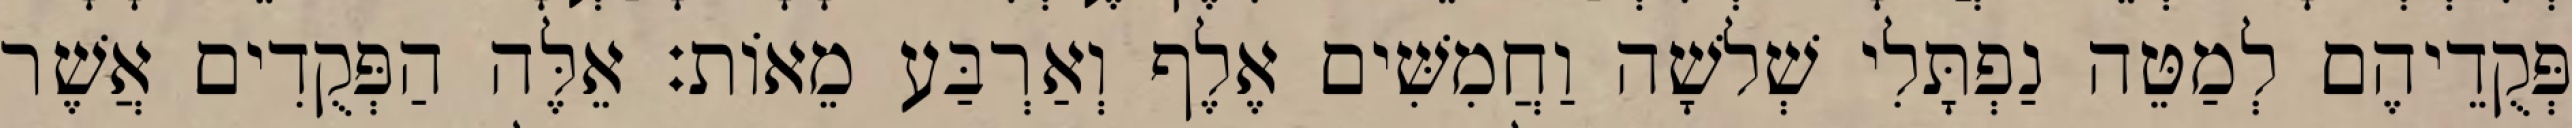
פְּקֻדֵיהֶם לְמַטֵּה נַפְתָּלִי שְׁלשָׁה וַחֲמִשִּׁים אֶלֶף וְאַרְבַּע מֵאוֹת׃ אֵלֶּה הַפְּקֻדִים אֲשֶׁר